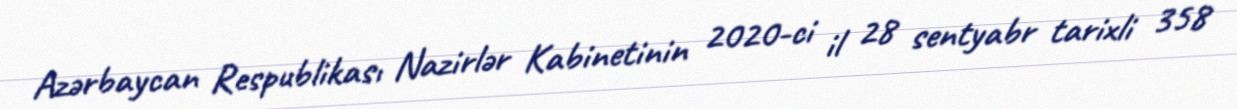
Azərbaycan Respublikası Nazirlər Kabinetinin 2020-ci il 28 sentyabr tarixli 358